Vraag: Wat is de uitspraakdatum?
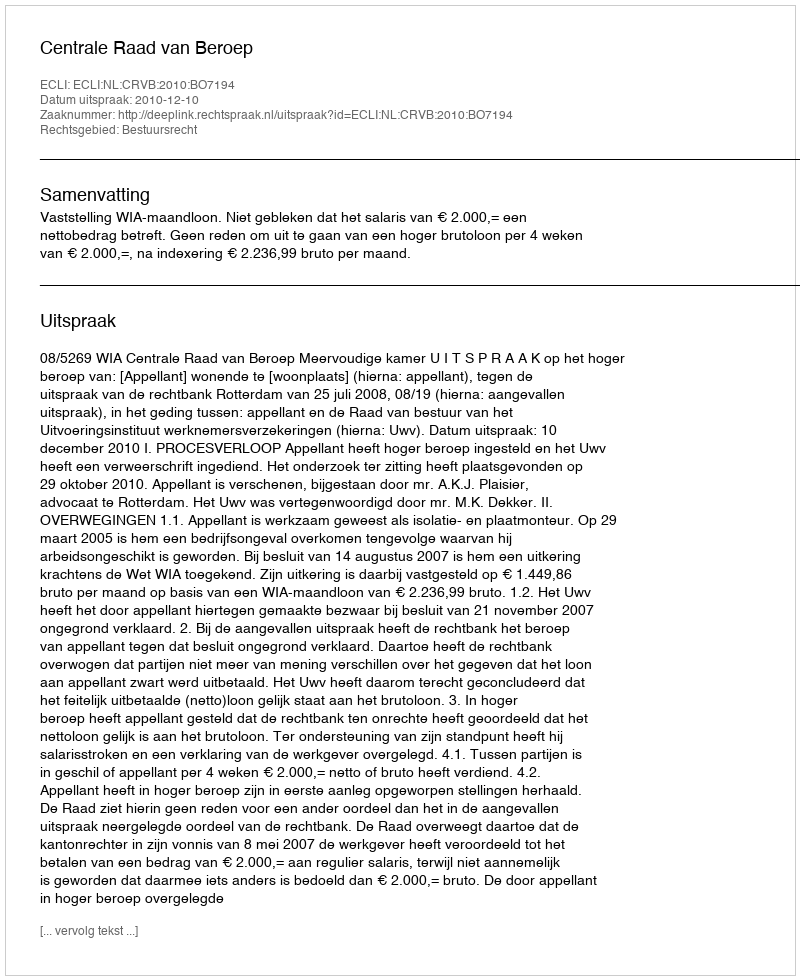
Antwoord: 2010-12-10